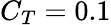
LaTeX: C_{T}=0.1